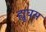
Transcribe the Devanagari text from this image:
ह्यूघस